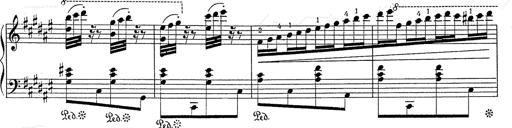
Title: Hungarian Rhapsody No.2
Composer: Franz Liszt
Key: C-sharp minor